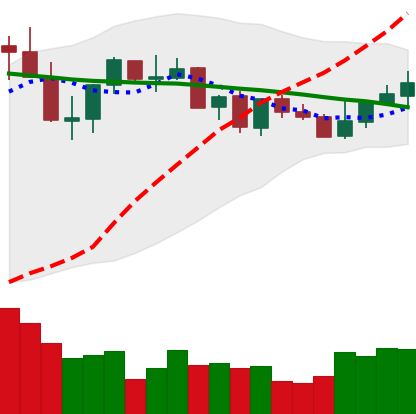
Ticker: XLM-USD
Chart end date: 2021-09-03
Forward return: -10.671%
Label: down_7plus